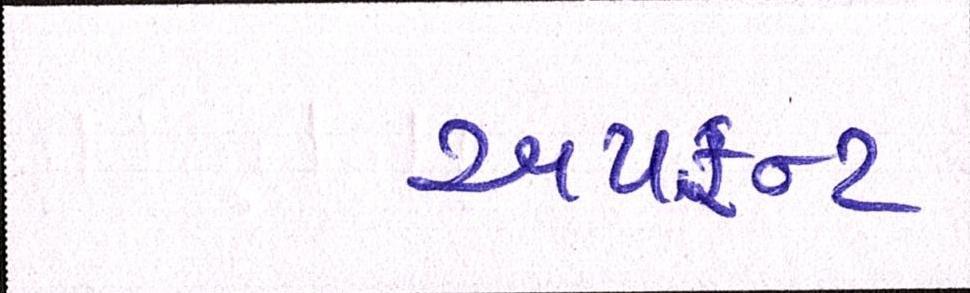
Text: અપફ્રન્ટ